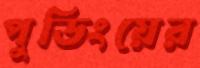
পুডিংয়ের